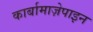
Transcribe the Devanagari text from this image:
कार्बामाज़ेपाइन